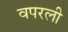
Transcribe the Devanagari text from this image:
वपरली